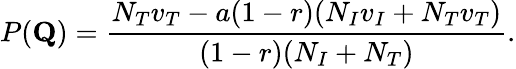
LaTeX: P(\mathbf{Q})=\frac{N_{T}v_{T}-a(1-r)(N_{I}v_{I}+N_{T}v_{T})}{(1-r)(N_{I}+N_{T})}.